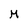
Character: M